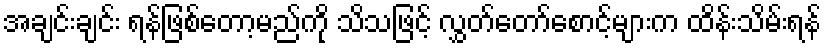
အချင်းချင်း ရန်ဖြစ်တော့မည်ကို သိသဖြင့် လွှတ်တော်စောင့်များက ထိန်းသိမ်းရန်